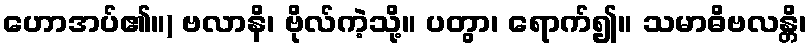
ဟောအပ်၏။) ဗလာနိ၊ ဗိုလ်ကဲ့သို့။ ပတွာ၊ ရောက်၍။ သမာဓိဗလန္တိ၊